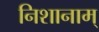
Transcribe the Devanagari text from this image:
निशानाम्